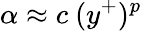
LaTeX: \alpha\approx c~({y^{+}})^{p}